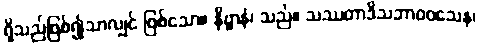
ရှိသည်ဖြစ်၍သာလျှင် ဖြစ်သော။ နိဗ္ဗာနံ၊ သည်။ သဿတာဒိသဘာဝဝသေန၊